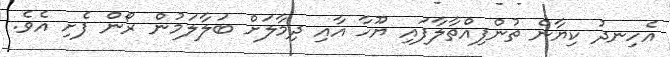
އެހިނދު ކިޔާން ތުންފިއްތާލާފައި ޔޫހާ އާއި ދިމާލަށް ބަލާލަމުން ރޯން ފެށި އެވެ.